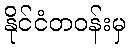
နိုင်ငံတဝန်းမှ